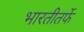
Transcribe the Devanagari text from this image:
भारतीतर्फे